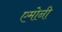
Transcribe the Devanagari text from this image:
एमोनी